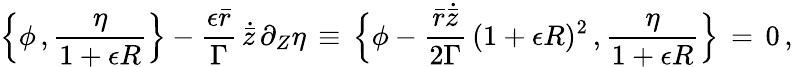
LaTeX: \Bigl\{ \phi\, ,\frac{\eta}{1+\epsilon R}\Bigr\} -\frac{\epsilon\bar{r}}{\Gamma}\, \dot{\bar{z}}\, \partial_{Z}\eta\, \equiv\, \Bigl\{ \phi-\frac{\bar{r}\dot{\bar{z}}}{2\Gamma}\, (1+\epsilon R)^{2}\, ,\frac{\eta}{1+\epsilon R}\Bigr\} \, =\, 0\, ,